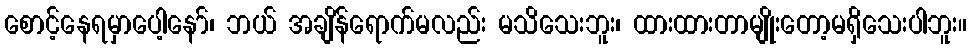
စောင့်နေရမှာပေါ့နော်၊ ဘယ် အချိန်ရောက်မလည်း မသိသေးဘူး၊ ထားထားတာမျိုးတော့မရှိသေးပါဘူး။